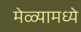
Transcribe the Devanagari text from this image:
मेळ्यामध्ये